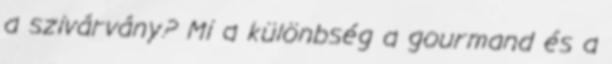
a szivárvány? Mi a különbség a gourmand és a